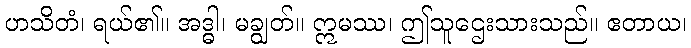
ဟသိတံ၊ ရယ်၏။ အဒ္ဓါ၊ မချွတ်။ ဣမဿ၊ ဤသူဌေးသားသည်။ ဧတာယ၊